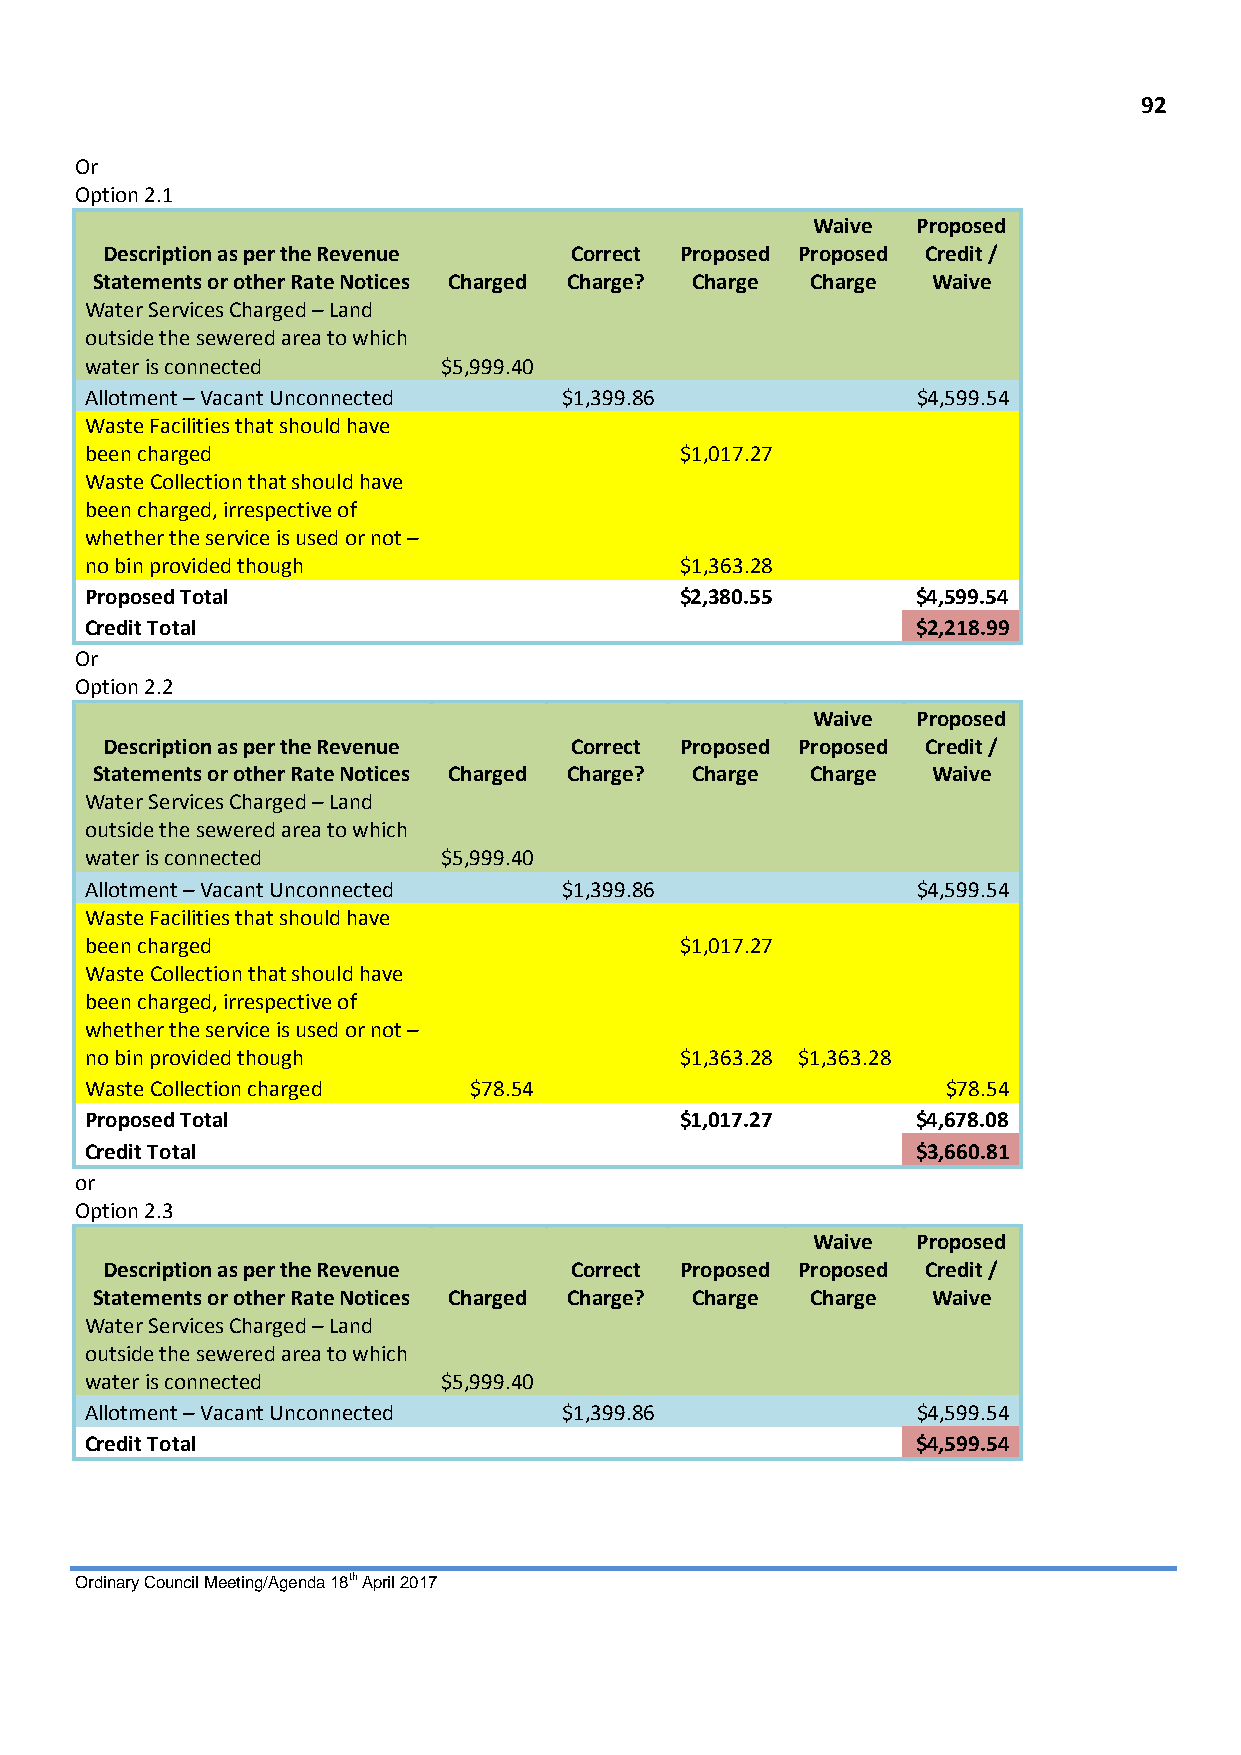
92
 Or
 Option 2.1
 Waive  Proposed
 Description as per the Revenue Correct Proposed Proposed Credit /
 Statements or other Rate Notices Charged Charge? Charge Charge Waive
 Water Services Charged – Land
 outside the sewered area to which
 water is connected     $5,999.40
 Allotment – Vacant Unconnected $1,399.86               $4,599.54
 Waste Facilities that should have
 been charged                           $1,017.27
 Waste Collection that should have
 been charged, irrespective of
 whether the service is used or not –
 no bin provided though                 $1,363.28
 Proposed Total                         $2,380.55       $4,599.54
 Credit Total                                           $2,218.99
 Or
 Option 2.2
 Waive  Proposed
 Description as per the Revenue Correct Proposed Proposed Credit /
 Statements or other Rate Notices Charged Charge? Charge Charge Waive
 Water Services Charged – Land
 outside the sewered area to which
 water is connected     $5,999.40
 Allotment – Vacant Unconnected $1,399.86               $4,599.54
 Waste Facilities that should have
 been charged                           $1,017.27
 Waste Collection that should have
 been charged, irrespective of
 whether the service is used or not –
 no bin provided though                 $1,363.28 $1,363.28
 Waste Collection charged $78.54                          $78.54
 Proposed Total                         $1,017.27       $4,678.08
 Credit Total                                           $3,660.81
 or
 Option 2.3
 Waive  Proposed
 Description as per the Revenue Correct Proposed Proposed Credit /
 Statements or other Rate Notices Charged Charge? Charge Charge Waive
 Water Services Charged – Land
 outside the sewered area to which
 water is connected     $5,999.40
 Allotment – Vacant Unconnected $1,399.86               $4,599.54
 Credit Total                                           $4,599.54
 Ordinary Council Meeting/Agenda 18th April 2017